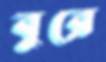
বুরে